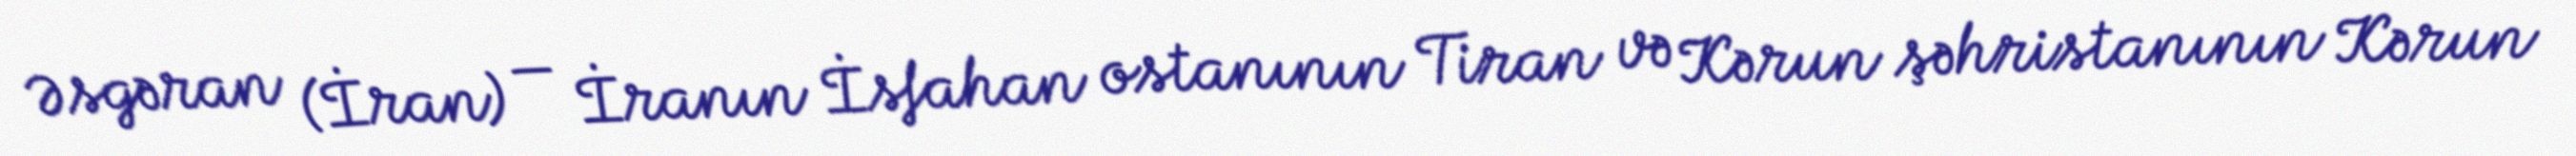
Əsgəran (İran) — İranın İsfahan ostanının Tiran və Kərun şəhristanının Kərun